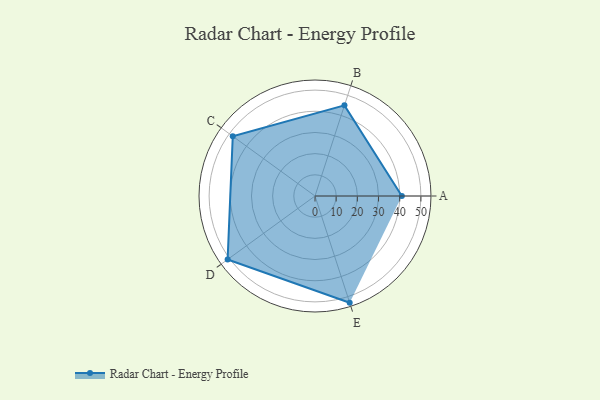
{"axis": {"x": "Skill", "y": "Score"}, "legend": ["Profile"], "data": [{"x": "A", "y": 41.0, "type": "Profile"}, {"x": "B", "y": 45.0, "type": "Profile"}, {"x": "C", "y": 48.0, "type": "Profile"}, {"x": "D", "y": 51.0, "type": "Profile"}, {"x": "E", "y": 53.0, "type": "Profile"}]}